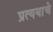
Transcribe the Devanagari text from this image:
प्रत्ययाचे